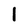
Character: l